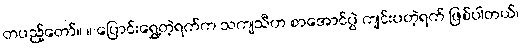
တပည့်တော်။ ။ ပြောင်းရွှေ့တဲ့ရက်က သကျသီဟ စာအောင်ပွဲ ကျင်းပတဲ့ရက် ဖြစ်ပါတယ်၊